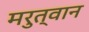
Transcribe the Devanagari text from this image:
मरुत्वान